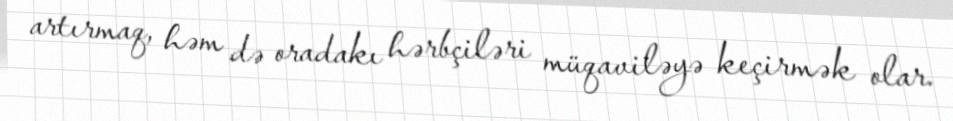
artırmaq, həm də oradakı hərbçiləri müqaviləyə keçirmək olar.